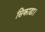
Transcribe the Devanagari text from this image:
सिकाडा।